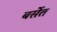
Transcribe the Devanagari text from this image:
बर्सेत